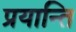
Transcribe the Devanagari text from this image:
प्रयान्ति